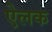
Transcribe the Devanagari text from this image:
ऐलक